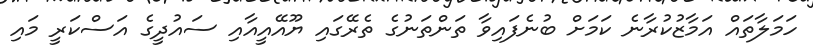
ހަމަލާތައް އަމާޒުކުރާނެ ކަމަށް ބުނެފައިވާ ތަންތަނުގެ ތެރޭގައި ޔޫއޭއީއާއި ސައުދީގެ އަސްކަރީ މައި